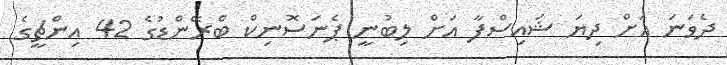
ދެވަނަ އަށް ދިޔަ ޝައިސްފާ އަށް ލިބުނީ ޕެނަސޮނިކް ބްރޭންޑުގެ 42 އިންޗީގެ